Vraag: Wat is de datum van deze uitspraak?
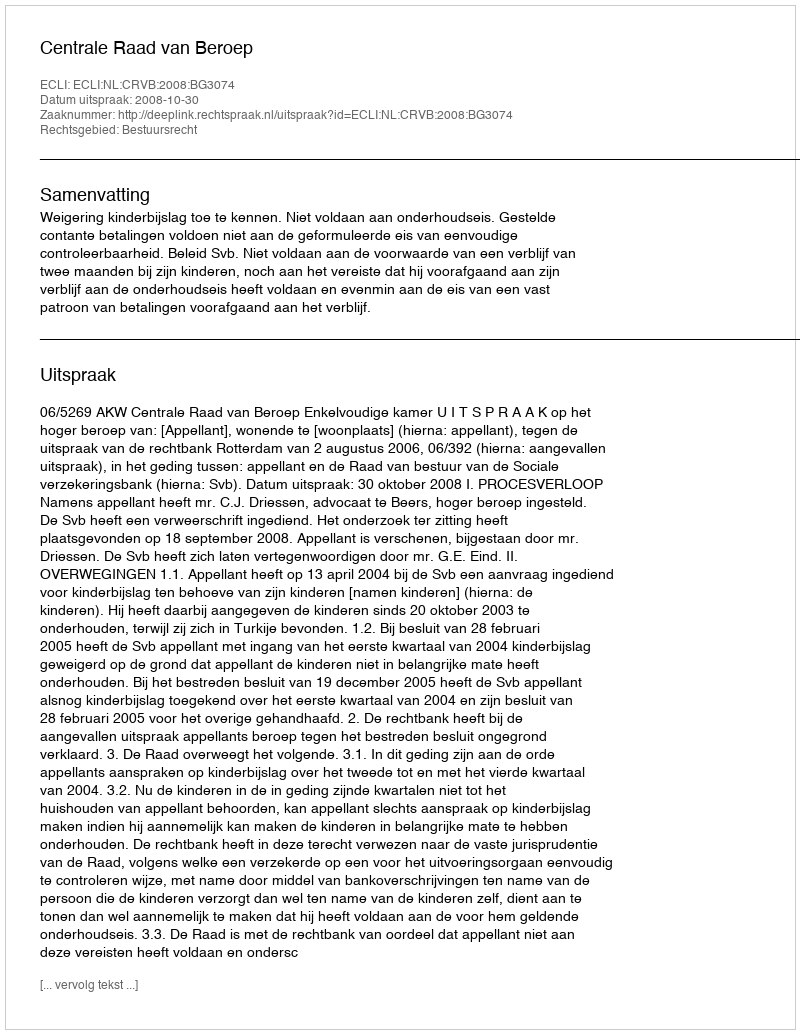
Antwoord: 2008-10-30